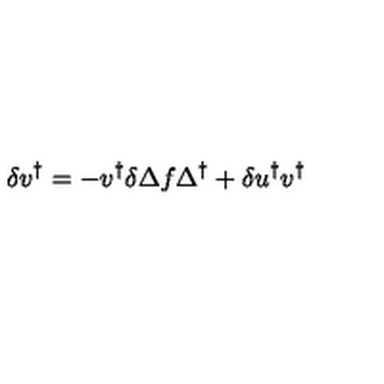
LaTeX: \delta v ^ { \dagger } = - v ^ { \dagger } \delta \Delta f \Delta ^ { \dagger } + \delta u ^ { \dagger } v ^ { \dagger }